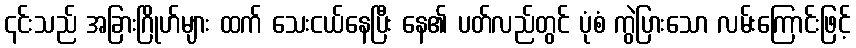
၎င်းသည် အခြားဂြိုဟ်များ ထက် သေးငယ်နေပြီး နေ၏ ပတ်လည်တွင် ပုံစံ ကွဲပြားသော လမ်းကြောင်းဖြင့်